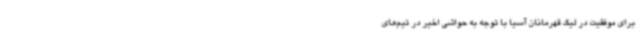
برای موفقیت در لیگ قهرمانان آسیا با توجه به حواشی اخیر در تیم‌های